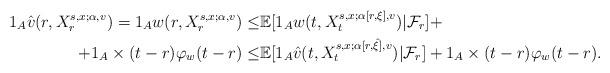
LaTeX: \begin{align*}1_A \hat{v}(r, X^{s,x; \alpha,v}_r)= 1_A w(r, X^{s,x; \alpha,v}_r)\leq & \mathbb{E}[1_Aw(t, X^{s,x; \alpha[r,\xi],v}_t)|\mathcal{F}_r] +\\+1_A\times (t-r)\varphi _w (t-r)\leq& \mathbb{E}[1_A \hat{v}(t, X^{s,x; \alpha[r, \hat{\xi}],v}_t)|\mathcal{F}_r] +1_A\times (t-r)\varphi _w (t-r).\end{align*}